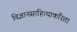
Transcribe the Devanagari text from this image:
विज्ञानसाहित्याकरिता